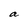
Character: a